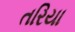
તરિયા